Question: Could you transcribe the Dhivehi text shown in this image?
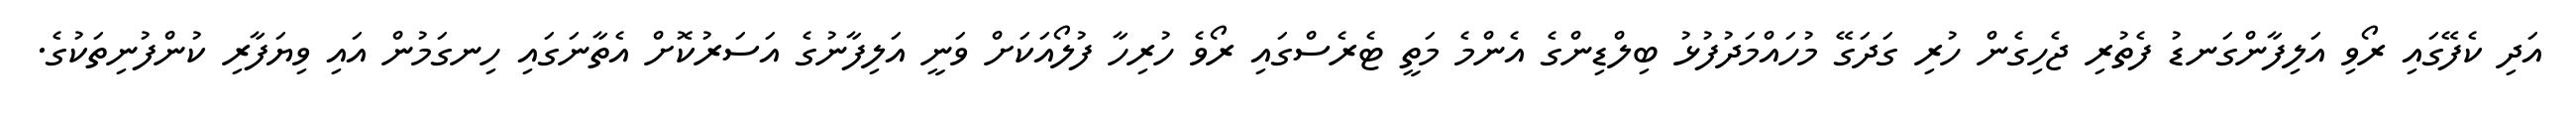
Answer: އަދި ކެފޭގައި ރޯވި އަލިފާންގަނޑު ފެތުރި ޖެހިގެން ހުރި ގަދަގޭ މުހައްމަދުފުޅު ބިލްޑިންގެ އެންމެ މަތީ ޓެރެސްގައި ރޯވެ ހުރިހާ ފުލޯއަކަށް ވަނީ އަލިފާނުގެ އަސަރުކޮށް އެތާނަގައި ހިނގަމުން އައި ވިޔަފާރި ކުންފުނިތަކުގެ.